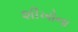
શીખોના